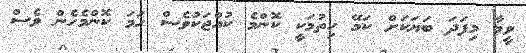
ވީމާ މިފަދަ ބަޔަކަށް ކަމޭ ހިތުމަކީ ކޮންމެ ކުއްޖަކުވެސް ހަމަ ކޮންމެހެން ވެސް